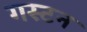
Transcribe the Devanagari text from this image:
गस्टन